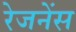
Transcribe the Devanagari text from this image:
रेजनेंस